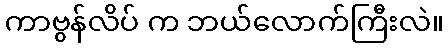
ကာဗွန်လိပ် က ဘယ်လောက်ကြီးလဲ။